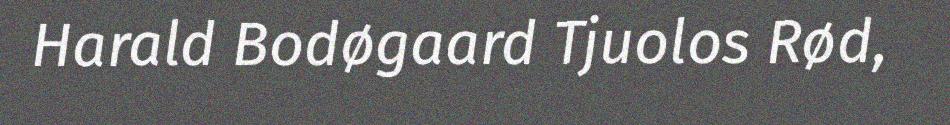
Harald Bodøgaard Tjuolos Rød,